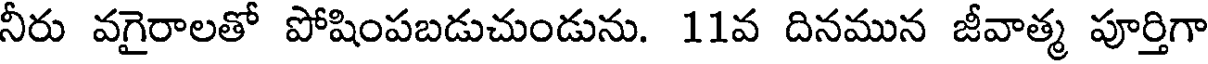
నీరు వగైరాలతో పోషింపబడుచుండును. 11వ దినమున జీవాత్మ పూర్తిగా